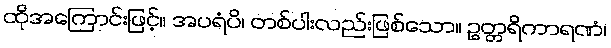
ထိုအကြောင်းဖြင့်။ အပရံပိ၊ တစ်ပါးလည်းဖြစ်သော။ ဥတ္တရိကာရဏံ၊